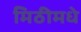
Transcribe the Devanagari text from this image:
मिठीमधे